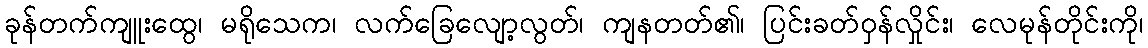
ခုန်တက်ကျူးထွေ၊ မရိုသေက၊ လက်ခြေလျော့လွတ်၊ ကျနတတ်၏၊ ပြင်းခတ်ဝှန်လှိုင်း၊ လေမုန်တိုင်းကို၊